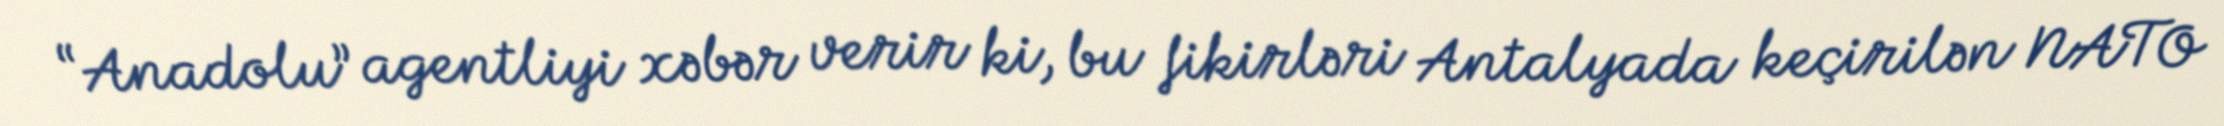
“Anadolu” agentliyi xəbər verir ki, bu fikirləri Antalyada keçirilən NATO